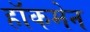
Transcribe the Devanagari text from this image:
हाॅकमेन